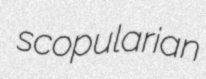
scopularian